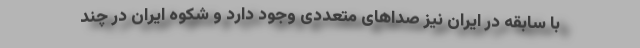
با سابقه در ایران نیز صداهای متعددی وجود دارد و شکوه ایران در چند